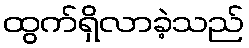
ထွက်ရှိလာခဲ့သည်